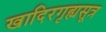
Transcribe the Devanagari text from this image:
खादिरगृह्यसूत्र